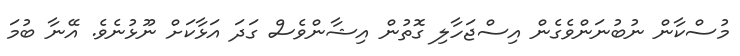
މުސްކާން ނުބުނަންވެގެން އިސްޖަހާލި ގޮތުން އިޝާންވެސް ގަދަ އަޅާކަށް ނޫޅުނެވެ. އޭނާ ބުމަ